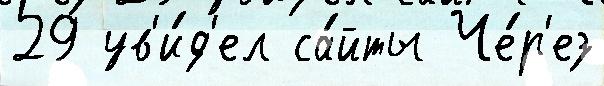
29 ув'и́д'ел са́йты Че́р'ез